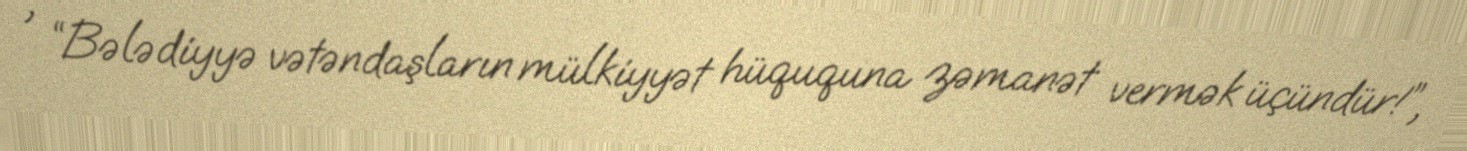
, “Bələdiyyə vətəndaşların mülkiyyət hüququna zəmanət vermək üçündür!”,